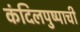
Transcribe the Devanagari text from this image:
कंदिलपुष्पाची